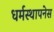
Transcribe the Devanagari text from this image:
धर्मस्थापनेस